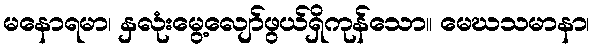
မနောရမာ၊ နှလုံးမွေ့လျော်ဖွယ်ရှိကုန်သော။ မေဃသမာနာ၊